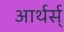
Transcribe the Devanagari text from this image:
आर्थर्स्